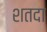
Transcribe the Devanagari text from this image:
शतदा